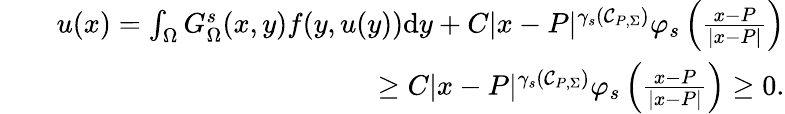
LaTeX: \begin{array}{rlr}&{}&{u(x)=\int_{\Omega}G_{\Omega}^{s}(x,y)f(y,u(y))\mathrm{d}y+C|x-P|^{\gamma_{s}(\mathcal{C}_{P,\Sigma})}\varphi_{s}\left(\frac{x-P}{|x-P|}\right)}\\ &{}&{\qquad\, \geq C|x-P|^{\gamma_{s}(\mathcal{C}_{P,\Sigma})}\varphi_{s}\left(\frac{x-P}{|x-P|}\right)\geq 0.}\end{array}